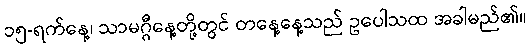
၁၅-ရက်နေ့၊ သာမဂ္ဂီနေ့တို့တွင် တနေ့နေ့သည် ဥပေါသထ အခါမည်၏။